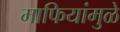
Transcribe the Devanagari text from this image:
माफियांमुळे